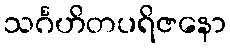
သင်္ဂဟိတပရိဇနော